Leaving Certificate, 1899
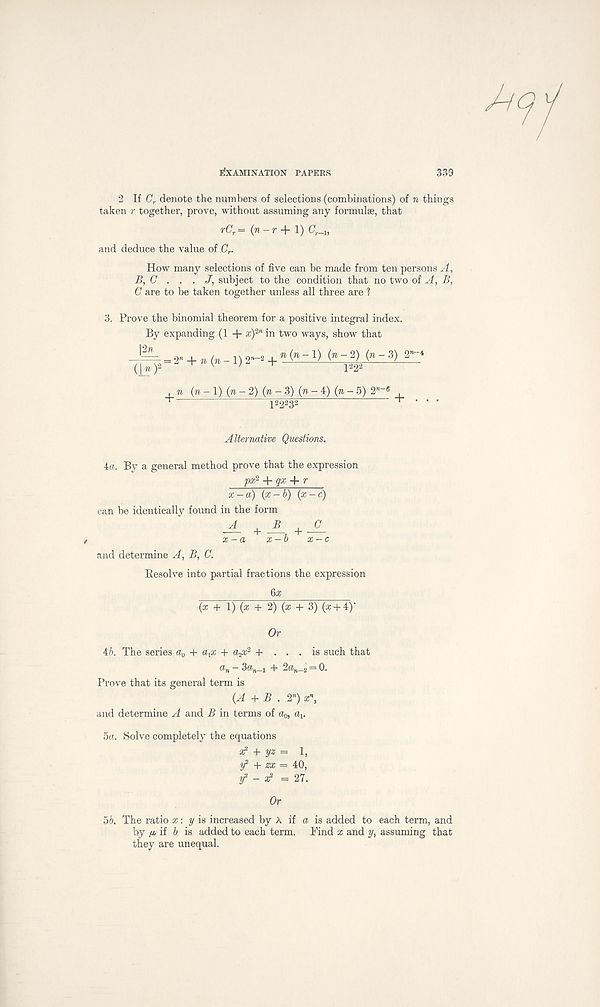
Examination papers
339
2 If C r denote the numbers of selections (combinations) of n things
taken r together, prove, without assuming any formulae, that
rC r = (n-r + 1) C,._ u
and deduce the value of C r .
How many selections of five can be made from ten persons A,
B, C . . . J, subject to the condition that no two of A, B,
C are to be taken together unless all three are ?
3. Prove the binomial theorem for a positive integral index.
By expanding (1 + x) 2n in two ways, show that
\2n
'itf
= 2' + n (n-l) 2-2 + n ( n~l ) ^~2 2 H W~3 )
(n-l) (n-2) (n-3) (n-4) (n-5) 2 n~«
+
122232
"f* •
Alternative Questions.
4a. By a general method prove that the expression
px 2 + qx r
x-a) (x-b) (x-c)
can be identically found in the form
— + .\ +
r
x-a x-b x-c
and determine A, B, C.
Resolve into partial fractions the expression
6a;
(x + 1) (a; + 2) (x + 3) (a;+ 4)'
Or
ib. The series a 0 + a^x + a^x 2 + ... is such that
a n — 3a„_i + 2a n _ 2 = 0.
Prove that its general term is
(A + B . 2”) x n ,
and determine A and B in terms of a 0 , a { .
5a. Solve completely the equations
a? + yz = 1,
y 2 + zx = 40,
f - a? =27.
Or
5b, The ratio x: y is increased by A if a is added to each term, and
by (j, if b is added to each term. Find x and y, assuming that
they are unequal.